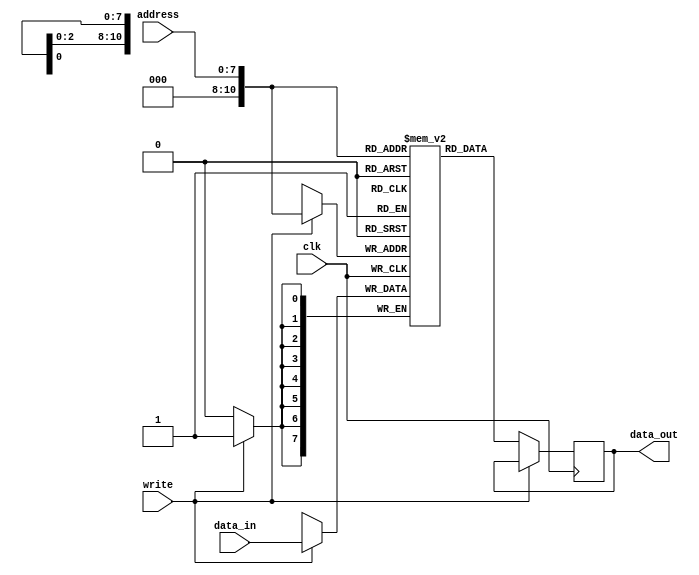
module mem(clk, write, address, data_in, data_out);
	input clk, write;
	input [7:0] address;
	input [7:0] data_in;
	output reg [7:0] data_out;
	
	reg [7:0] mem [2047:0];
	
	always @(posedge clk)
	begin
	if(write) begin
		mem[address] <= data_in;
		end
	else begin
		data_out <= mem[address];
		end
	end

endmodule